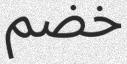
خضم